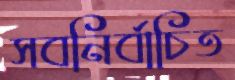
সবনির্বাচিত